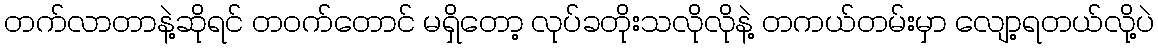
တက်လာတာနဲ့ဆိုရင် တဝက်တောင် မရှိတော့ လုပ်ခတိုးသလိုလိုနဲ့ တကယ်တမ်းမှာ လျော့ရတယ်လို့ပဲ